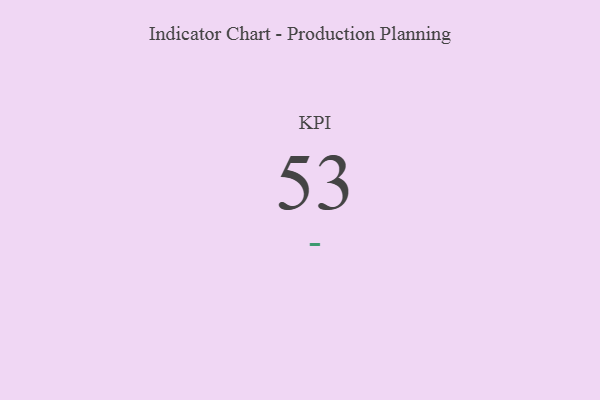
{"axis": {"x": "KPI", "y": "Value"}, "legend": [""], "data": [{"x": "KPI", "y": 53, "type": ""}]}